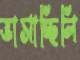
ভাসাচ্ছিলি